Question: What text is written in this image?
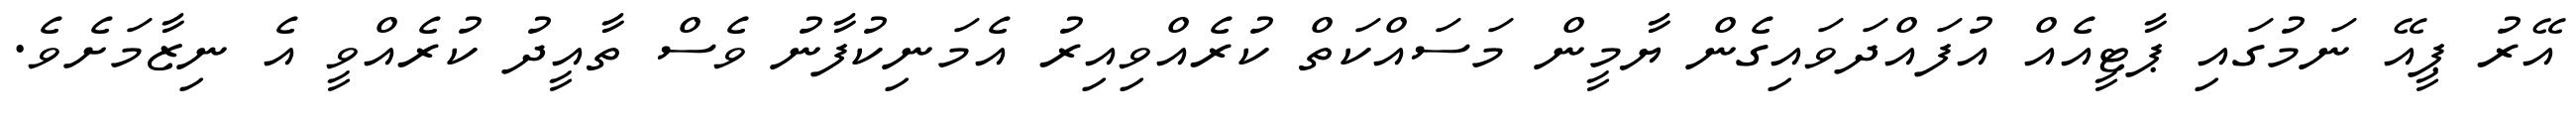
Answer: އޭރު ޕީއޭ ނަމުގައި ޕާޓީއެއް އުފައްދަވައިގެން ޔާމީން މަސައްކަތް ކުރެއްވިއިރު އެމަނިކުފާނު ވެސް ތާއީދު ކުރެއްވީ އެ ނިޒާމަށެވެ.